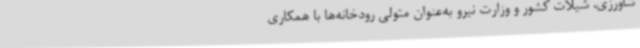
شاورزی، شیلات کشور و وزارت نیرو به‌عنوان متولی رودخانه‌ها با همکاری